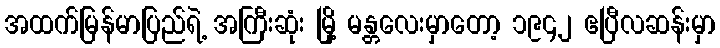
အထက်မြန်မာပြည်ရဲ့ အကြီးဆုံး မြို့ မန္တလေးမှာတော့ ၁၉၄၂ ဧပြီလဆန်းမှာ